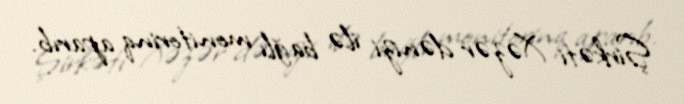
Şirkəti Xəzər dənizi ilə bağlı monitorinq aparıb.